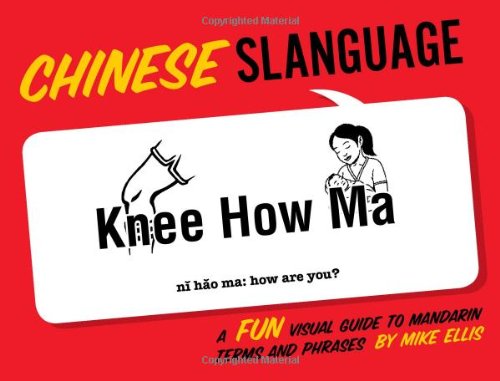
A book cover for Chinese Slanguage: A Fun Visual Guide to Mandarin Terms and Phrases (English and Chinese Edition); Mike Ellis; Reference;